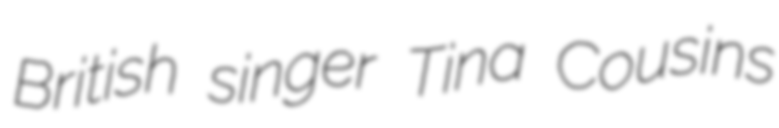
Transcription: British singer Tina Cousins